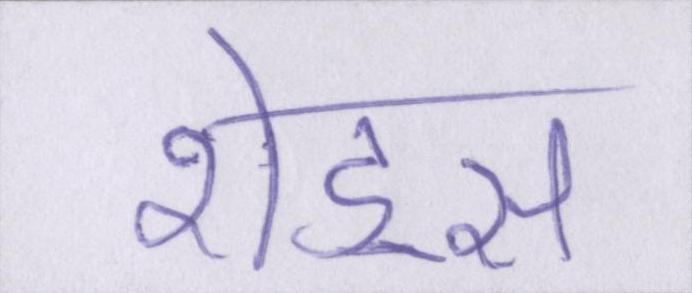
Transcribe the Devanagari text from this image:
शेड्स